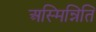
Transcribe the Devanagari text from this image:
अस्मिन्निति